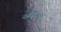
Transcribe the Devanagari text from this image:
नसोबाच्या